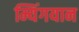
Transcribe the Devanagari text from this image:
म्यिंगयान